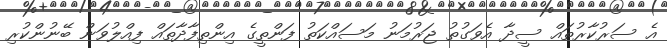
އެ ސަރުކާރުތައް ސީދާ އެވަގުތު ޖަރުމަނު މަސައްކަތު ފަންތީގެ އިންތިފާދާތައް ފިއްލުވަން ބޭނުންކުރި